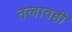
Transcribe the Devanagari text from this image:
तलावही